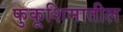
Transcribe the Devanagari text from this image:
फुकूशिमातील